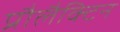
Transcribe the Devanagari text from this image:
प्रौलैक्टिन